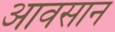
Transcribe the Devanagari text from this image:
आवसान